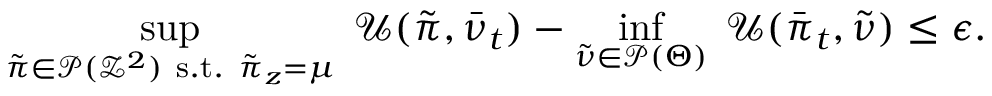
\operatorname* { s u p } _ { \tilde { \pi } \in \mathcal { P } ( \mathcal { Z } ^ { 2 } ) \mathrm { ~ s . t . ~ } \tilde { \pi } _ { z } = \mu } \; \mathcal { U } ( \tilde { \pi } , \bar { \nu } _ { t } ) - \operatorname* { i n f } _ { \tilde { \nu } \in \mathcal { P } ( \Theta ) } \; \mathcal { U } ( \bar { \pi } _ { t } , \tilde { \nu } ) \leq \epsilon .